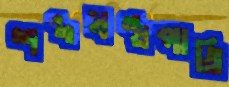
শব্দযন্ত্রপাতি